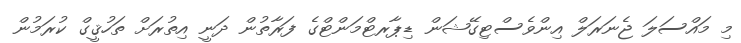
މި މައްސަލަ ޖެނަރަލް އިންވެސްޓިގޭޝަން ޑިޕާރޓްމަންޓްގެ ފަރާތުން ދަނީ އިތުރަށް ތަހުޤީގް ކުރަމުން